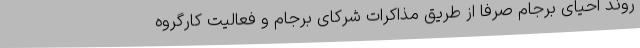
روند احیای برجام صرفا از طریق مذاکرات شرکای برجام و فعالیت کارگروه